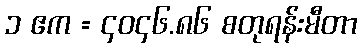
၁ ဧက = ၄၀၄၆.၈၆ စတုရန်းမီတာ